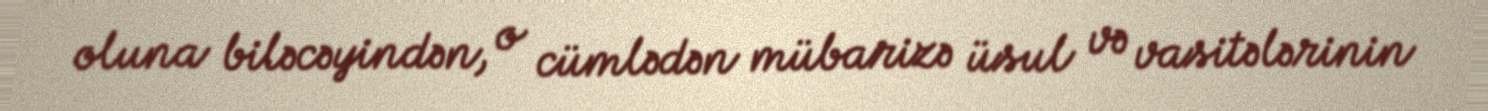
oluna biləcəyindən, o cümlədən mübarizə üsul və vasitələrinin